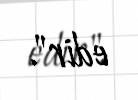
edir".